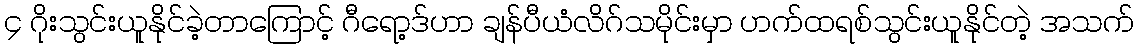
၄ ဂိုးသွင်းယူနိုင်ခဲ့တာကြောင့် ဂီရော့ဒ်ဟာ ချန်ပီယံလိဂ်သမိုင်းမှာ ဟက်ထရစ်သွင်းယူနိုင်တဲ့ အသက်